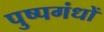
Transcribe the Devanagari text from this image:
पुष्पगंधों